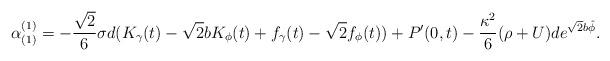
LaTeX: \begin{align*}\alpha_{(1)}^{(1)} = -\frac{\sqrt{2}}{6}\sigma d (K_{\gamma}(t)-\sqrt{2}b K_{\phi}(t) + f_{\gamma}(t) -\sqrt{2}f_{\phi}(t)) +P^{\prime}(0,t) -\frac{\kappa^2}{6}(\rho + U )d e^{\sqrt{2}b \hat{\phi}}.\end{align*}